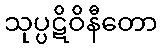
သုပ္ပဋိဝိနီတော